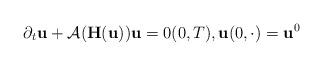
LaTeX: \begin{align*}\partial_{t} \mathbf{u} +\mathcal{A}(\mathbf{H}(\mathbf{u})) \mathbf{u} = 0 (0, T), \mathbf{u}(0, \cdot) = \mathbf{u}^{0}\end{align*}